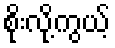
စိုးလို့ကွယ့်